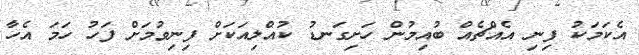
އެކަމަކު ފިނި އެއްޗެއް ބުއިމުން ހަށިގަނޑު ކުއްލިއަކަށް ފިނިވުމަށް ފަހު ހަމަ އެހާ